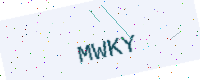
Text: MWKY